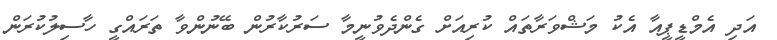
އަދި އެމްޑީޕީއާ އެކު މަޝްވަރާތައް ކުރިއަށް ގެންދެވުނީމާ ސަރުކާރުން ބޭނުންވާ ތަރައްގީ ހާސިލުކުރަން